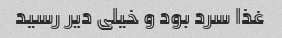
غذا سرد بود و خیلی دیر رسید